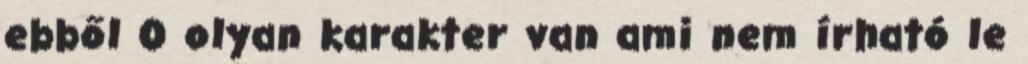
ebből 0 olyan karakter van ami nem írható le